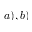
a ) , b )